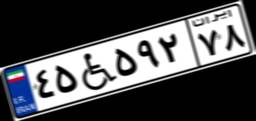
۷۳W۹۰۶۶۶